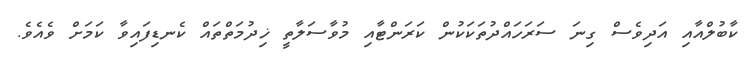
ކާބުލްއާއި އަދިވެސް ގިނަ ސަރަހައްދުތަކަކުން ކަރަންޓާއި މުވާސަލާތީ ޚިދުމަތްތައް ކެނޑިފައިވާ ކަމަށް ވެއެވެ.